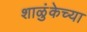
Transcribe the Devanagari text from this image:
शाळुंकेच्या